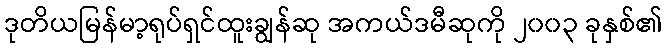
ဒုတိယမြန်မာ့ရုပ်ရှင်ထူးချွန်ဆု အကယ်ဒမီဆုကို ၂၀၀၃ ခုနှစ်၏